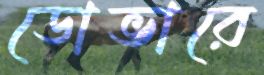
ডোভারে